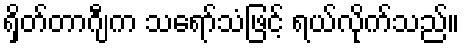
ရှိတ်တာဂျီက သရော်သံဖြင့် ရယ်လိုက်သည်။